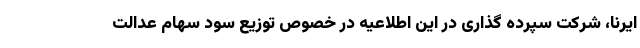
ایرنا، شرکت سپرده گذاری در این اطلاعیه در خصوص توزیع سود سهام عدالت